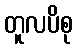
တူလပိစု